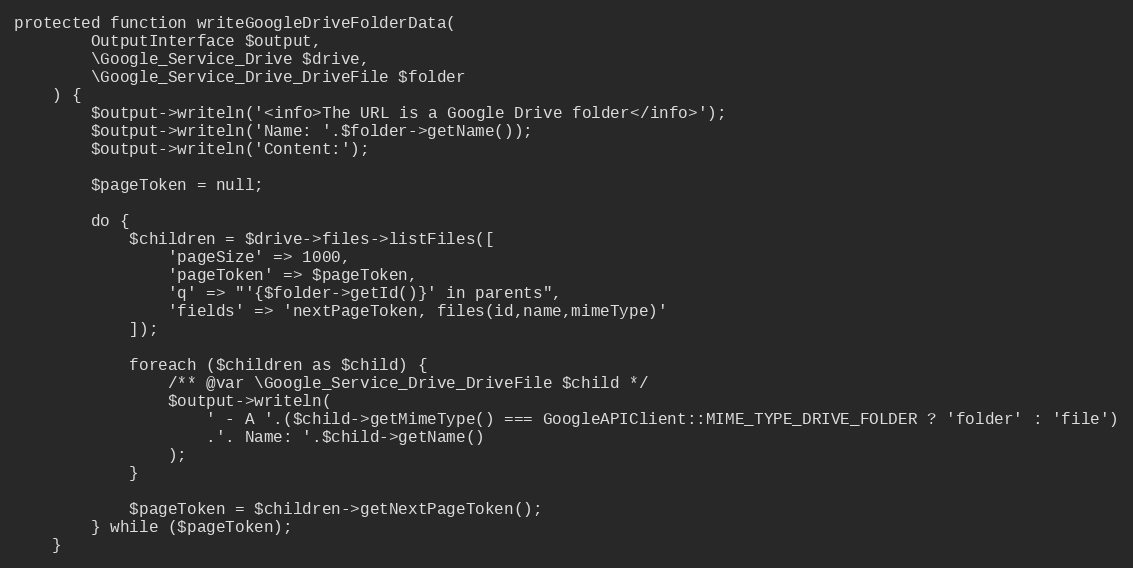
Language: PHP
protected function writeGoogleDriveFolderData(
        OutputInterface $output,
        \Google_Service_Drive $drive,
        \Google_Service_Drive_DriveFile $folder
    ) {
        $output->writeln('<info>The URL is a Google Drive folder</info>');
        $output->writeln('Name: '.$folder->getName());
        $output->writeln('Content:');

        $pageToken = null;

        do {
            $children = $drive->files->listFiles([
                'pageSize' => 1000,
                'pageToken' => $pageToken,
                'q' => "'{$folder->getId()}' in parents",
                'fields' => 'nextPageToken, files(id,name,mimeType)'
            ]);

            foreach ($children as $child) {
                /** @var \Google_Service_Drive_DriveFile $child */
                $output->writeln(
                    ' - A '.($child->getMimeType() === GoogleAPIClient::MIME_TYPE_DRIVE_FOLDER ? 'folder' : 'file')
                    .'. Name: '.$child->getName()
                );
            }

            $pageToken = $children->getNextPageToken();
        } while ($pageToken);
    }